Problem: 23 + 7 = ?
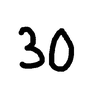
Handwritten answer: 30